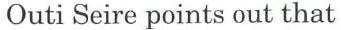
Outi Seire points out that